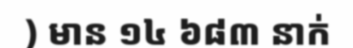
) មាន ១៤ ៦៨៣ នាក់